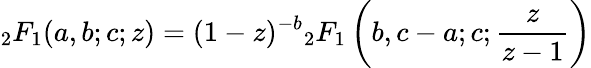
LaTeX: {}_{2}F_{1}(a,b;c;z)=(1-z)^{-b}{}_{2}F_{1}\left(b,c-a;c;{\frac{z}{z-1}}\right)